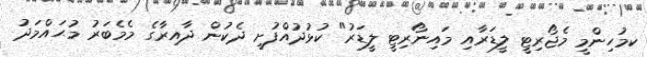
ކމުހިންމީ މެޖޯރިޓީ ލީޑަރާއި މައިނޯރިޓީ ލީޑަރު" ކުޅުދުއްފުށީ ދެކުން ދާއިރާގެ މެމެބަރު މުޙައްމަދު